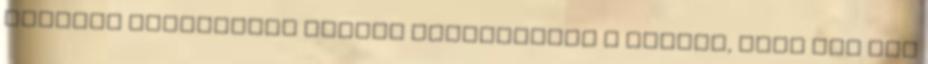
tanulói februárban rendre körbejárják a várost, hogy egy kis